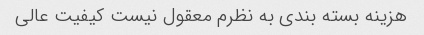
هزینه بسته بندی به نظرم معقول نیست کیفیت عالی